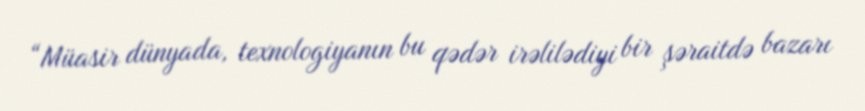
“Müasir dünyada, texnologiyanın bu qədər irəlilədiyi bir şəraitdə bazarı